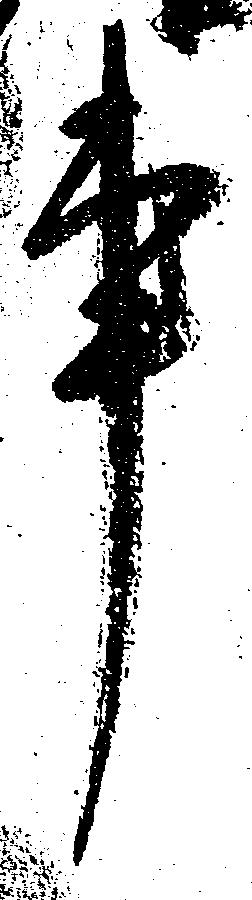
事